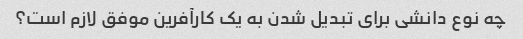
چه نوع دانشی برای تبدیل شدن به یک کارآفرین موفق لازم است؟